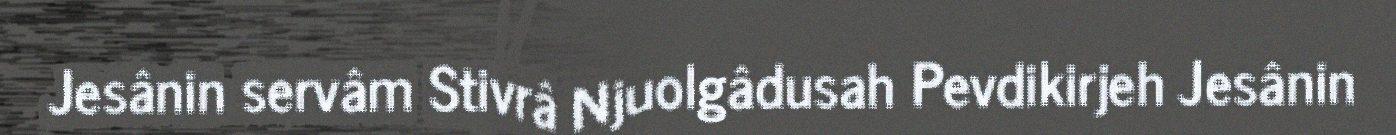
Jesânin servâm Stivrâ Njuolgâdusah Pevdikirjeh Jesânin